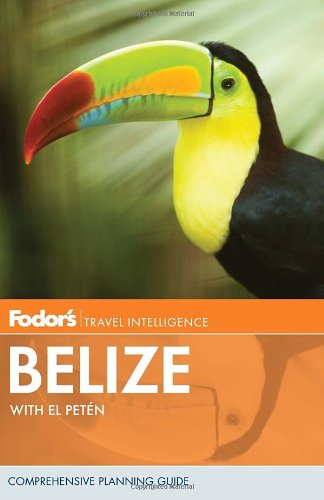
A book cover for Fodor's Belize: with Tikal and Other Mayan Sites in Guatemala (Travel Guide); Lan Sluder; Travel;